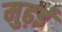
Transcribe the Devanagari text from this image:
मुढ़ई